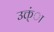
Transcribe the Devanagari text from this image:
उक्त्ंा